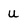
Character: u